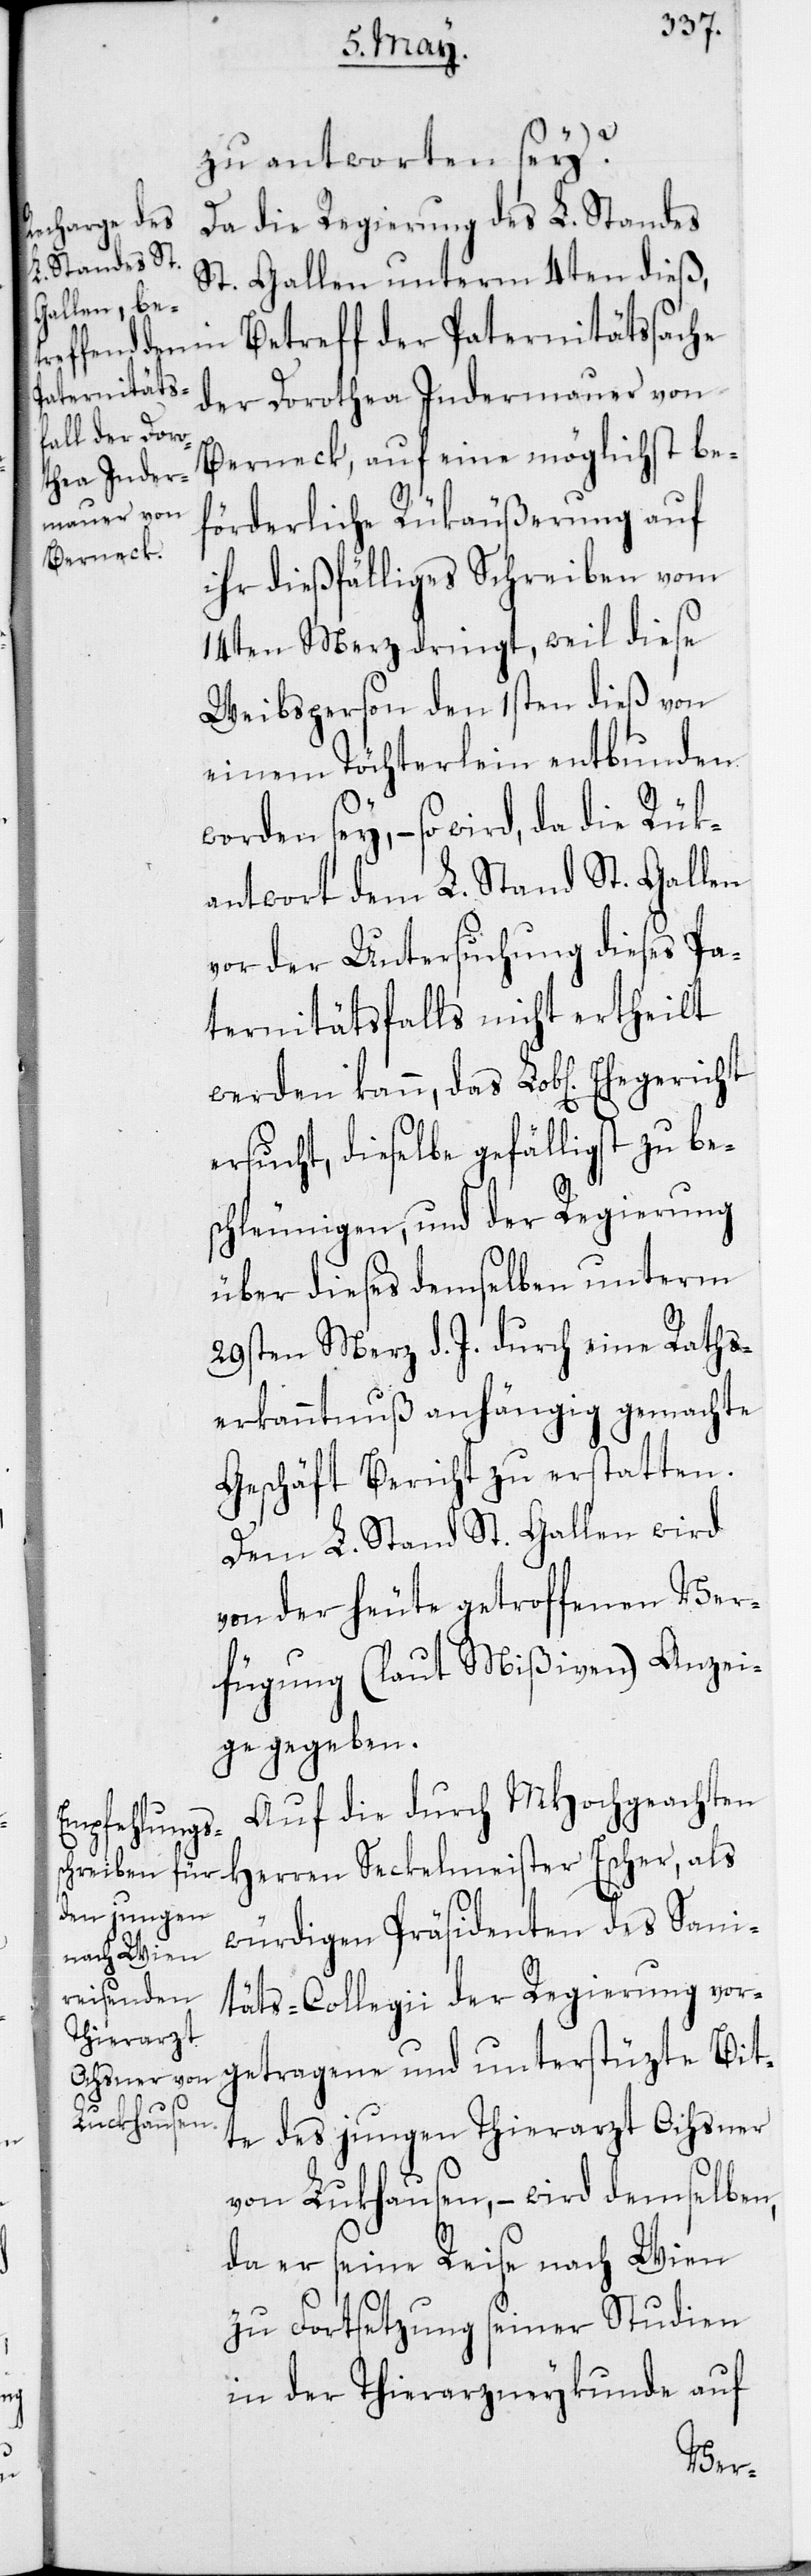
zu antworten sey?
Da die Regierung des L. Standes
St. Gallen unterm 4ten dieß,
in Betreff der Paterniätssache
der Dorothea Indermauer von
Berneck, auf eine möglichst be¬
förderliche Rükäußerung auf
ihr dießfälliges Schreiben vom
14ten Merz dringt, weil diese
Weibsperson den 1sten dieß von
einem Töchterlein entbunden
worden sey, – so wird, da die
antwort dem L. Stand St. Gallen
vor der Untersuchung dieses Pa¬
terniätsfalls nicht ertheilt
ersucht, dieselbe gefälligst zu be¬
schleunigen, und der Regierung
über dieses demselben unterm
29sten Merz d. J. durch eine Raths¬
erkanntnuß anhängig gemachte
Geschäft Bericht zu erstatten.
Dem L. Stand St. Gallen wird
von der heute getroffenen Ver¬
fügung (laut Mißiven) Anzei¬
ge gegeben.
Auf die durch MHochgeachten
Herren Seckelmeister Escher, als
würdigen Präsidenten des Sani¬
täts-Collegii der Regierung vor¬
getragene und unterstüzte Bit¬
das
te des jungen Thierarzt Ochsner
von Lukhausen, – wird demselben,
da er seine Reise nach Wien
zu Forstsetzung seiner Studien
in der Thierarzneykunde auf